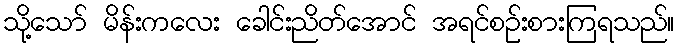
သို့သော် မိန်းကလေး ခေါင်းညိတ်အောင် အရင်စဉ်းစားကြရသည်။